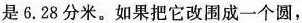
是6.28分米。如果把它改围成一个圆，